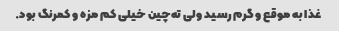
غذا به موقع و گرم رسید ولی ته‌چین خیلی کم مزه و کمرنگ بود.